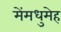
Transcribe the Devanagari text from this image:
मेंमधुमेह